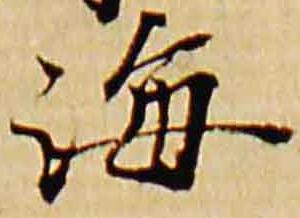
海